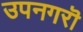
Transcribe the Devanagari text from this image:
उपनगरॊ